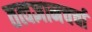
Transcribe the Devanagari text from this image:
तत्वज्ञानचर्चा